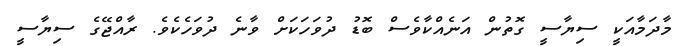
މާދަމާއަކީ ސިޔާސީ ގޮތުން އަނެއްކާވެސް ބޮޑު ދުވަހަކަށް ވާނެ ދުވަހެކެވެ. ރާއްޖޭގެ ސިޔާސީ